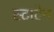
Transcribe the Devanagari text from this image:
स्टाटेन